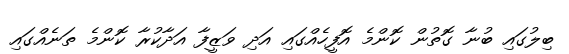
ބިލުގައި ބުނާ ގޮތުން ކޮންމެ އޮފީހެއްގައި އަދި ވަޒީފާ އަދާކުރާ ކޮންމެ ތަނެއްގައި